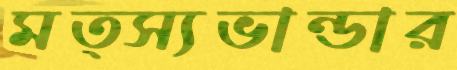
মত্স্যভান্ডার